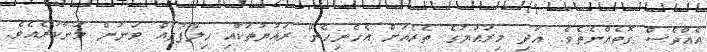
އެއްވެސް ގޮތެއްނެތެވެ. އަދި މިރައުޔުގެ ތެރެއަށް އެހެނިހެން ރައުޔުތަކާއި ޚިލާފުތައް ވަނުން މަނާކުރެއެވެ.